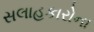
સલાહકારોના